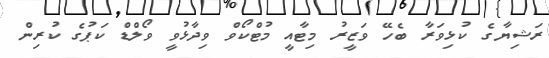
ރަޝިޔާގެ ކުޅިވަރާ ބެހޭ ވަޒީރު މިޓާއީ މުޓްކޯވް ވިދާޅުވީ ވޯލްޑް ކަޕުގެ ކުރިން